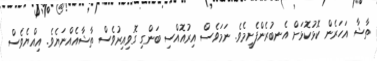
ތާޝާ އަހަރެން ކޮޅުކޮޅަށް އެނބުރެންފެށީމެވެ. ނަމަވެސް އިރުއޮއްސި ބަންގި ގޮވިއިރުވެސް ތާޝާއެއްނަޔެވެ. އިއްޔެވެސް